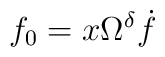
f_0 = x \Omega^{\delta} \dot{f}